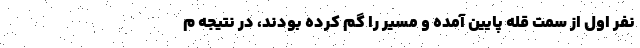
نفر اول از سمت قله پایین آمده و مسیر را گم کرده بودند، در نتیجه م